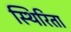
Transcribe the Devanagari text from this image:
स्थिरिता